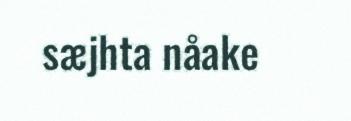
sæjhta nåake